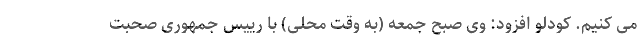
می کنیم. کودلو افزود: وی صبح جمعه (به وقت محلی) با رییس جمهوری صحبت